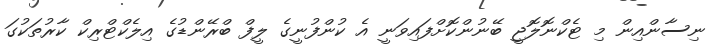
ނިސާންއިން މި ޓެކްނޮލޮޖީ ބޭނުންކޮށްފައިވަނީ އެ ކުންފުނީގެ ލީފް ބްރޭންޑުގެ އިލެކްޓްރިކް ކާރުތަކުގަ